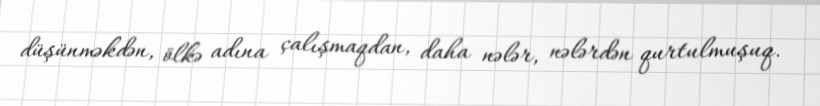
düşünməkdən, ölkə adına çalışmaqdan, daha nələr, nələrdən qurtulmuşuq.